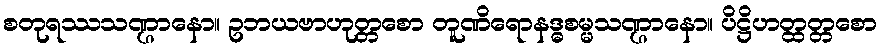
စတုရဿသဏ္ဌာနော။ ဥဘယဗာဟုတ္တစော တူဏိရောနဒ္ဓစမ္မသဏ္ဌာနော။ ပိဋ္ဌိဟတ္ထတ္တစော